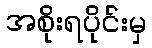
အစိုးရပိုင်းမှ